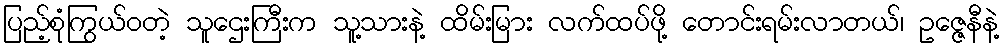
ပြည့်စုံကြွယ်ဝတဲ့ သူဌေးကြီးက သူ့သားနဲ့ ထိမ်းမြား လက်ထပ်ဖို့ တောင်းရမ်းလာတယ်၊ ဥဇ္ဇေနီနဲ့